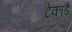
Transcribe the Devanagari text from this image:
टेकाडे